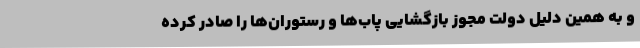
و به همین دلیل دولت مجوز بازگشایی پاب‌ها و رستوران‌ها را صادر کرده